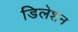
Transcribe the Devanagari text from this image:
डिलेशन